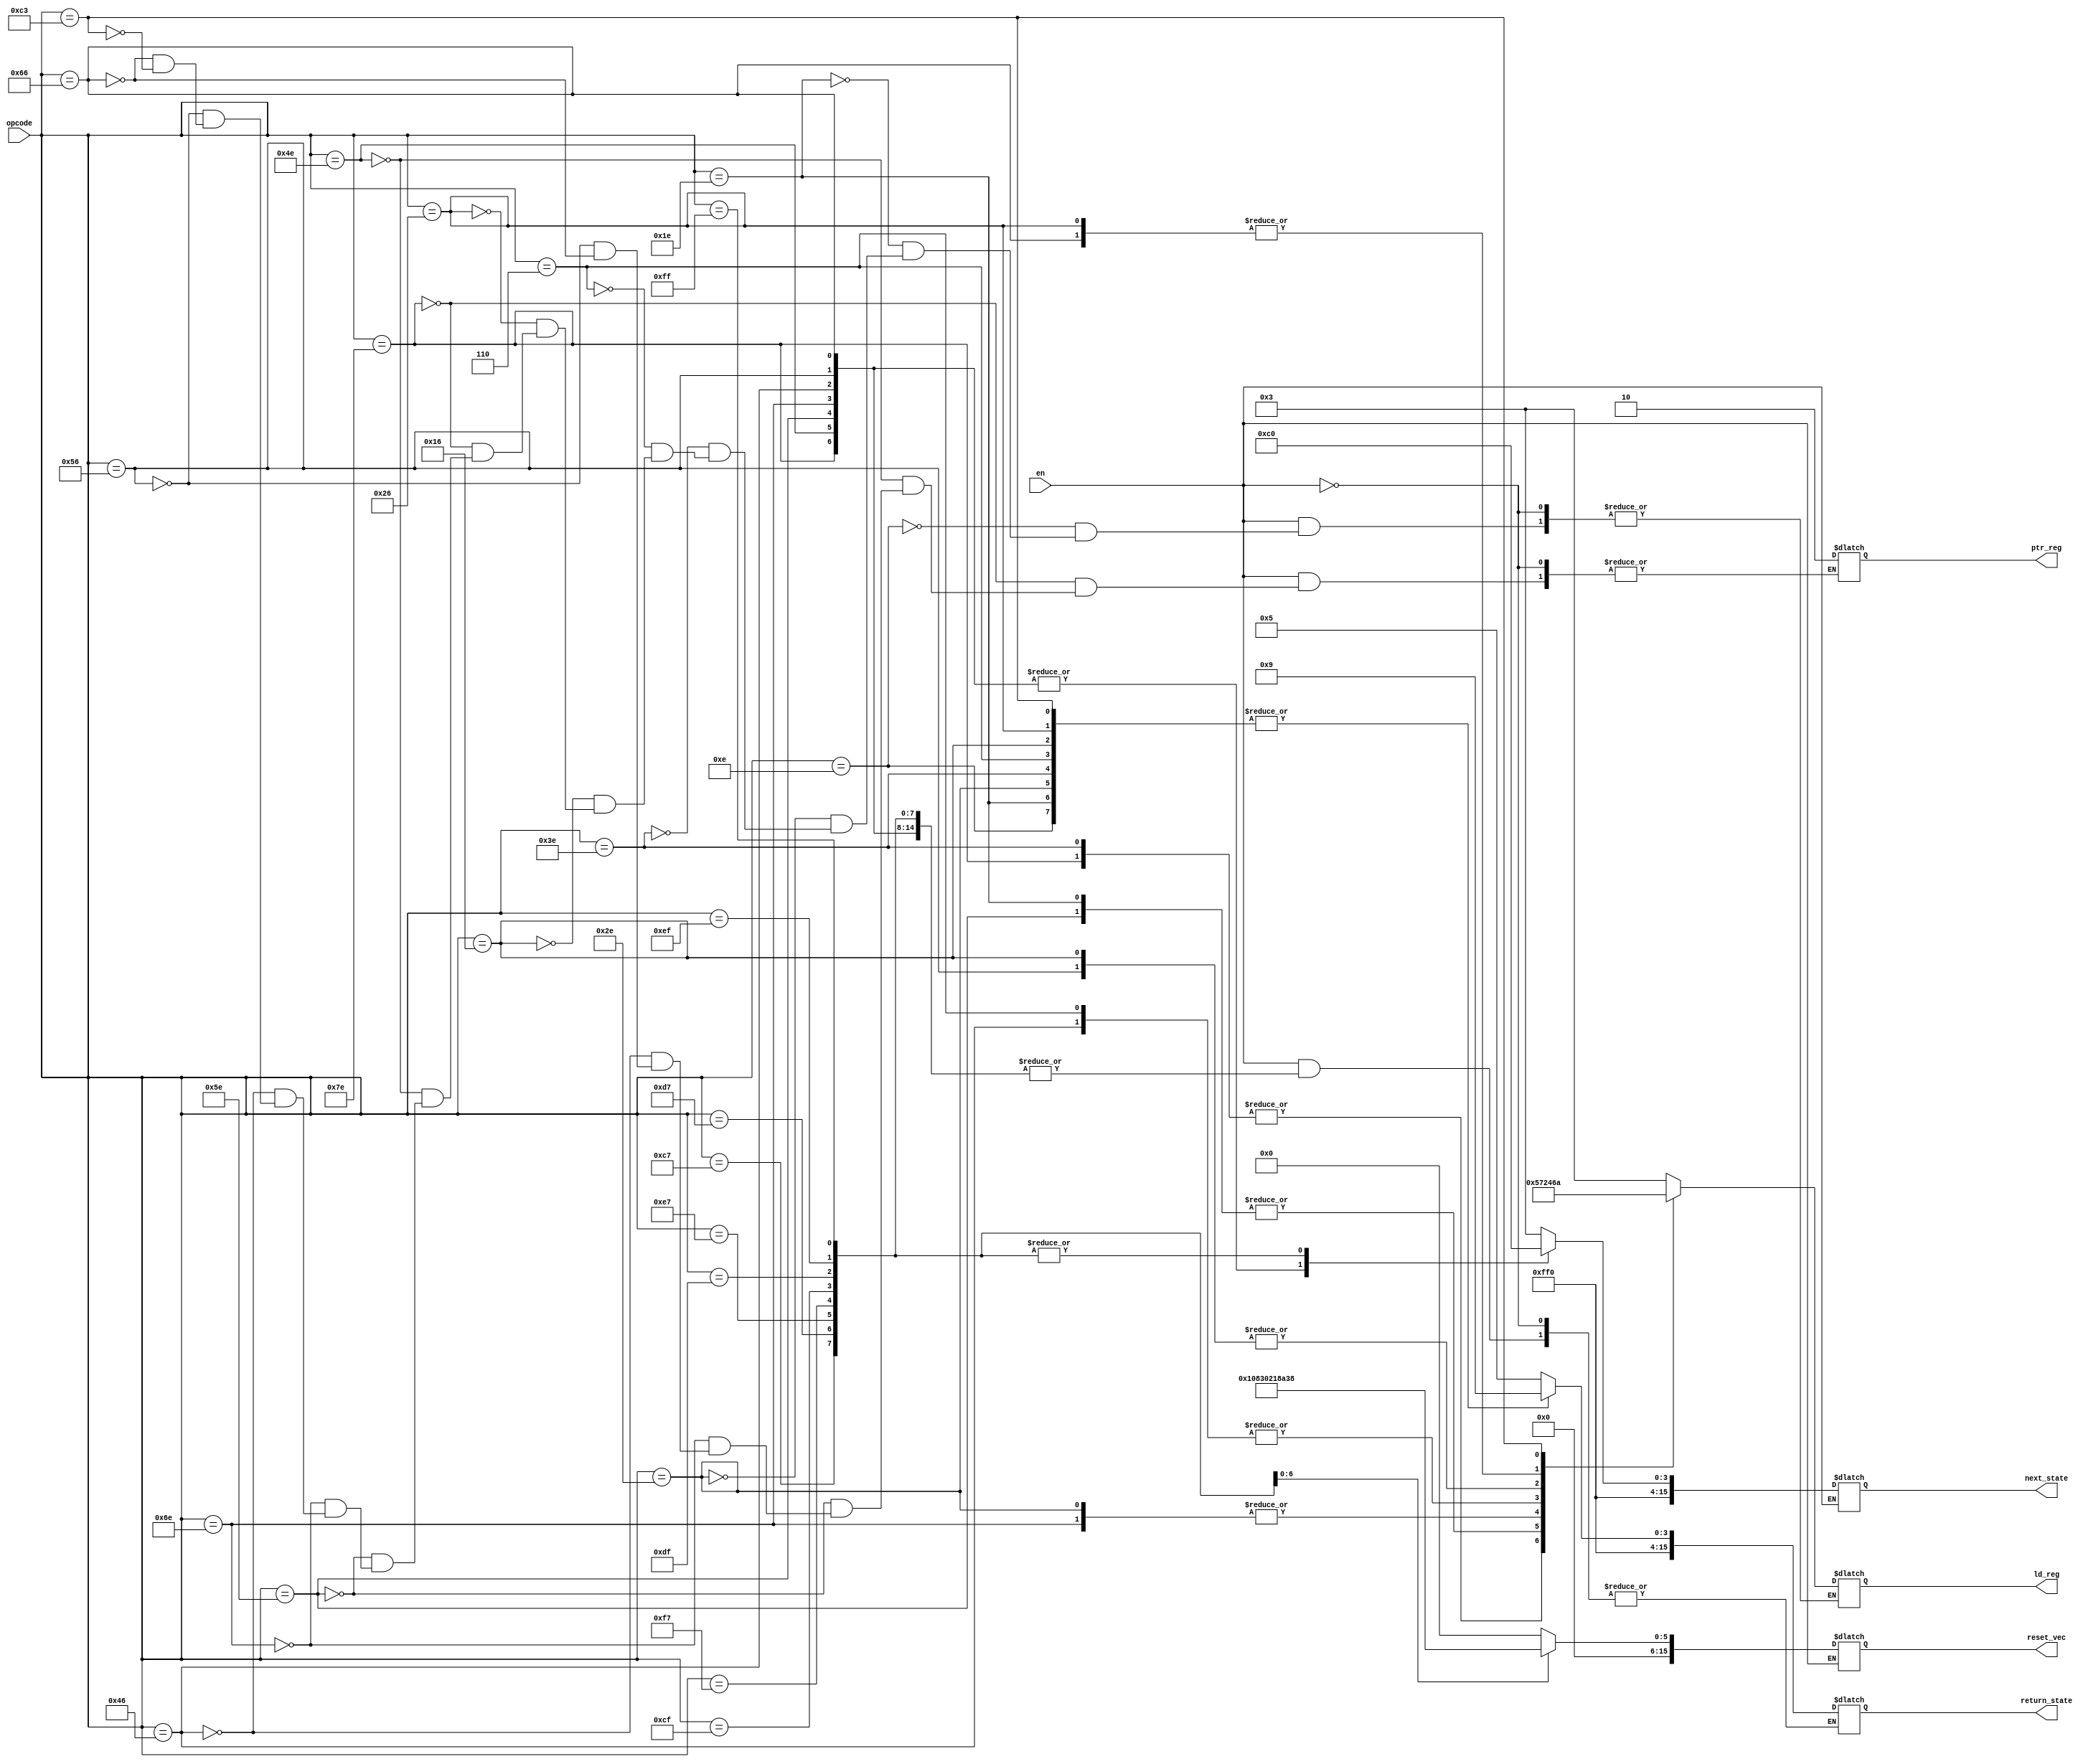
module decode(
    //asyncronous combinational logic. No clk signal required.
    input en,
    input[7:0] opcode,
    output reg[3:0] ld_reg,
    output reg[1:0] ptr_reg,
    output reg[15:0] return_state,
    output reg[15:0] next_state,
    output reg[15:0] reset_vec
);

    //these params must aggree with those in control.v
    localparam[15:0]
        //control operations
		reset = 16'hff00,
        reset_pc_a = 16'hff01,
        reset_pc_b = 16'hff02,
        inc_pc_a = 16'hff03,
        inc_pc_b = 16'hff04,
        fetch_a = 16'hff05,
        fetch_b = 16'hff06,
	    fetch_c = 16'hff07,
        decode_a = 16'hff08,
        load_byte_imm_a = 16'hff09,
        load_byte_imm_b = 16'hff0a,
        load_byte_imm_c = 16'hff0b,
        load_byte_a16_a = 16'hff0c,
        load_byte_a16_b = 16'hff0d,
        load_byte_a16_c = 16'hff0e,
        jp_imm16_a = 16'hff0f;

    localparam[1:0]
        //gen_sel enums
        regs_bc = 2'h0,
        regs_de = 2'h1,
        regs_hl = 2'h2;

    localparam[3:0]
        //register enums
        reg_a = 4'h0,
        reg_f = 4'h1,
        reg_b = 4'h2,
        reg_c = 4'h3,
        reg_d = 4'h4,
        reg_e = 4'h5,
        reg_h = 4'h6,
        reg_l = 4'h7,
        reg_gen = 4'h8,
        reg_pch = 4'h9,
        reg_pcl = 4'ha,
        reg_pc = 4'hb;

    localparam[7:0]
        //opcodes--------------|
        noop = 8'h00,
        //8 bit immediate loads
        ldc_d8 = 8'h0e,
        lde_d8 = 8'h1e,
        ldl_d8 = 8'h2e,
        lda_d8 = 8'h3e,
        ldb_d8 = 8'h06,
        ldd_d8 = 8'h16,
        ldh_d8 = 8'h26,
        //load 8-bit data from [hl]
        ldc_p_hl = 8'h4e,
        lde_p_hl = 8'h5e,
        ldl_p_hl = 8'h6e,
        lda_p_hl = 8'h7e,
        ldb_p_hl = 8'h46,
        ldd_p_hl = 8'h56,
        ldh_p_hl = 8'h66,
        //reset vectors
        rst_0h = 8'hc7,
        rst_10h = 8'hd7,
        rst_20h = 8'he7,
        rst_30h = 8'hf7,
        rst_08h = 8'hcf,
        rst_18h = 8'hdf,
        rst_28h = 8'hef,
        rst_38h = 8'hff,
        //jumps to 16 bit immediate pointer
        jp_a16 = 8'hc3;

    always @(*) begin
        if (en) begin
            reset_vec <= 16'h0000; //reset vector is 0 unless otherwise specified.
            case(opcode)
                noop: begin
                    return_state <= fetch_a;
                    next_state <= inc_pc_a;
                end 
                ldc_d8: begin
                    ld_reg <= reg_c;
                    return_state <= load_byte_imm_a;
                    //increment pc to access the following byte
                    next_state <= inc_pc_a;
                end
                lde_d8: begin
                    ld_reg <= reg_e;
                    return_state <= load_byte_imm_a;
                    next_state <= inc_pc_a;
                end
                ldl_d8: begin
                    ld_reg <= reg_l;
                    return_state <= load_byte_imm_a;
                    next_state <= inc_pc_a;
                end
                lda_d8: begin
                    ld_reg <= reg_a;
                    return_state <= load_byte_imm_a;
                    next_state <= inc_pc_a;
                end
                ldb_d8: begin
                    ld_reg <= reg_b;
                    return_state <= load_byte_imm_a;
                    next_state <= inc_pc_a;
                end
                ldd_d8: begin
                    ld_reg <= reg_d;
                    return_state <= load_byte_imm_a;
                    next_state <= inc_pc_a;
                end
                ldh_d8: begin
                    ld_reg <= reg_h;
                    return_state <= load_byte_imm_a;
                    next_state <= inc_pc_a;
                end
                lda_p_hl: begin
                    ld_reg <= reg_a;
                    ptr_reg <= regs_hl;
                    next_state <= load_byte_a16_a;
                end
                ldc_p_hl: begin
                    ld_reg <= reg_c;
                    ptr_reg <= regs_hl;
                    next_state <= load_byte_a16_a;
                end
                lde_p_hl: begin
                    ld_reg <= reg_e;
                    ptr_reg <= regs_hl;
                    next_state <= load_byte_a16_a;
                end
                ldl_p_hl: begin
                    ld_reg <= reg_l;
                    ptr_reg <= regs_hl;
                    next_state <= load_byte_a16_a;
                end
                ldb_p_hl: begin
                    ld_reg <= reg_b;
                    ptr_reg <= regs_hl;
                    next_state <= load_byte_a16_a;
                end
                ldd_p_hl: begin
                    ld_reg <= reg_d;
                    ptr_reg <= regs_hl;
                    next_state <= load_byte_a16_a;
                end
                ldh_p_hl: begin
                    ld_reg <= reg_h;
                    ptr_reg <= regs_hl;
                    next_state <= load_byte_a16_a;
                end                
                rst_0h: begin
                    reset_vec <= 16'h0000;
                    next_state <= reset;
                end
                rst_10h: begin
                    reset_vec <= 16'h0010;
                    next_state <= reset;
                end
                rst_20h: begin
                    reset_vec <= 16'h0020;
                    next_state <= reset;
                end
                rst_30h: begin
                    reset_vec <= 16'h0030;
                    next_state <= reset;
                end
                rst_08h: begin
                    reset_vec <= 16'h0008;
                    next_state <= reset;
                end
                rst_18h: begin
                    reset_vec <= 16'h0018;
                    next_state <= reset;
                end
                rst_28h: begin
                    reset_vec <= 16'h0028;
                    next_state <= reset;
                end
                rst_38h: begin
                    reset_vec <= 16'h0038;
                    next_state <= reset;
                end
                jp_a16: begin
                    ld_reg <= reg_pcl;
                    return_state <= load_byte_imm_a;
                    next_state <= inc_pc_a;
                end
                default: begin
                    return_state <= fetch_a;
                    next_state <= inc_pc_a;
                    end
            endcase
        end
    end

endmodule